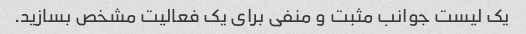
یک لیست جوانب مثبت و منفی برای یک فعالیت مشخص بسازید.